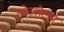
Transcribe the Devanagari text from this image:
लोटलेल्या